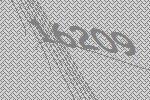
16209